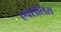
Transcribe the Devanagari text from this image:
एक्सेलिस